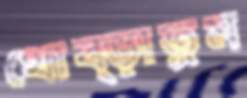
থোব্‌ড়াতুম